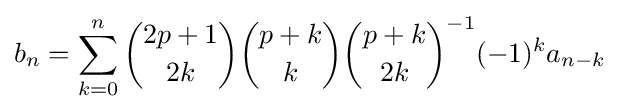
b_{n}=\sum _{k=0}^{n}{\binom {2p+1}{2k}}{\binom {p+k}{k}}{\binom {p+k}{2k}}^{-1}(-1)^{k}a_{n-k}